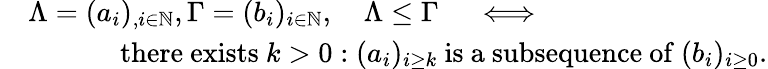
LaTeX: \begin{array}{rl}&{\Lambda=(a_{i})_{,i\in\mathbb{N}},\Gamma=(b_{i})_{i\in\mathbb{N}},\quad\Lambda\leq\Gamma\quad\iff}\\ &{\qquad\quad\mathrm{~there~exists~}k>0:(a_{i})_{i\geq k}\mathrm{~is~a~subsequence~of~}(b_{i})_{i\geq 0}.}\end{array}